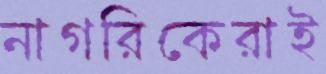
নাগরিকেরাই